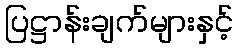
ပြဋ္ဌာန်းချက်များနှင့်